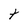
Character: T